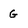
Character: G